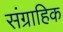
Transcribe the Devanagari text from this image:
संग्राहिक